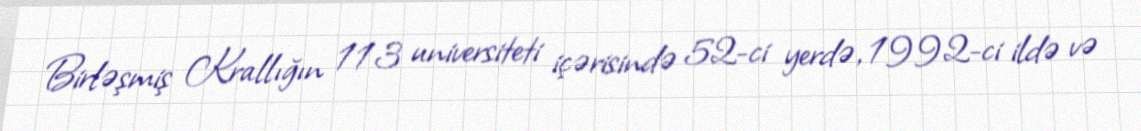
Birləşmiş Krallığın 113 universiteti içərisində 52-ci yerdə, 1992-ci ildə və